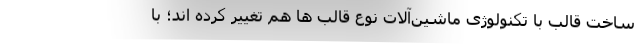
ساخت قالب با تکنولوژی ماشین‌آلات نوع قالب ها هم تغییر کرده اند؛ با